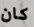
كان